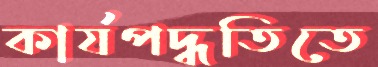
কার্যপদ্ধতিতে